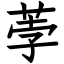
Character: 荸